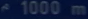
1000 m